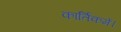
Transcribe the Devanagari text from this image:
कार्तिकमें।